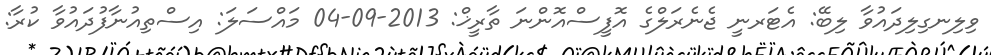
ވިލިނގިލިދައުވާ ލިބޭ: އެޓަރނީ ޖެނެރަލްގެ އޮފީސްއޮންނަ ތާރީޚް: 2013-09-04 މައްސަލަ: އިސްތިއުނާފުދައުވާ ކުރާ: